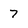
Character: 7